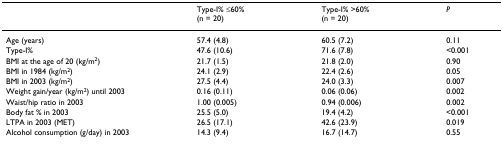
<table><thead><tr><td></td><td><b>Type-I% ≤60% (n = 20)</b></td><td><b>Type-I% &gt;60% (n = 20)</b></td><td><b><i>P</i></b></td></tr></thead><tbody><tr><td>Age (years)</td><td>57.4 (4.8)</td><td>60.5 (7.2)</td><td>0.11</td></tr><tr><td>Type-I%</td><td>47.6 (10.6)</td><td>71.6 (7.8)</td><td>&lt;0.001</td></tr><tr><td>BMI at the age of 20 (kg/m<sup>2</sup>)</td><td>21.7 (1.5)</td><td>21.8 (2.0)</td><td>0.90</td></tr><tr><td>BMI in 1984 (kg/m<sup>2</sup>)</td><td>24.1 (2.9)</td><td>22.4 (2.6)</td><td>0.05</td></tr><tr><td>BMI in 2003 (kg/m<sup>2</sup>)</td><td>27.5 (4.4)</td><td>24.0 (3.3)</td><td>0.007</td></tr><tr><td>Weight gain/year (kg/m<sup>2</sup>) until 2003</td><td>0.16 (0.11)</td><td>0.06 (0.06)</td><td>0.002</td></tr><tr><td>Waist/hip ratio in 2003</td><td>1.00 (0.005)</td><td>0.94 (0.006)</td><td>0.002</td></tr><tr><td>Body fat % in 2003</td><td>25.5 (5.0)</td><td>19.4 (4.2)</td><td>&lt;0.001</td></tr><tr><td>LTPA in 2003 (MET)</td><td>26.5 (17.1)</td><td>42.6 (23.9)</td><td>0.019</td></tr><tr><td>Alcohol consumption (g/day) in 2003</td><td>14.3 (9.4)</td><td>16.7 (14.7)</td><td>0.55</td></tr></tbody></table>